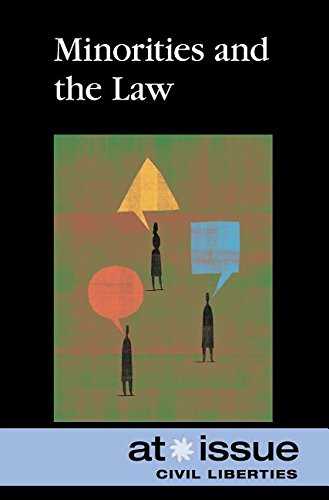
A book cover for Minorities and the Law (At Issue); Noel Merino; Teen & Young Adult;